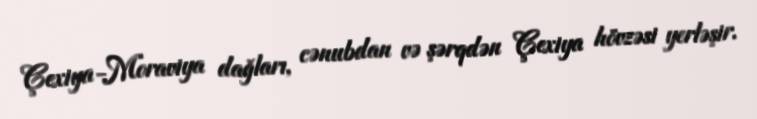
Çexiya-Moraviya dağları, cənubdan və şərqdən Çexiya hövzəsi yerləşir.